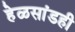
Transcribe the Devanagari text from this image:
हेळसांडही